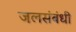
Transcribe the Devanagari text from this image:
जलसंबंधी